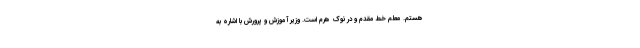
هستم. معلم خط مقدم و در نوک هرم است. وزیر آموزش و پرورش با اشاره به